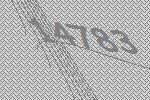
14783